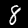
Label: 8